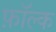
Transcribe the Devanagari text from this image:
फ़ॉल्क